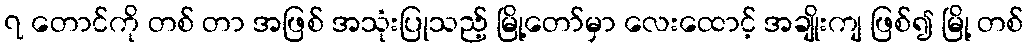
၇ တောင်ကို တစ် တာ အဖြစ် အသုံးပြုသည့် မြို့တော်မှာ လေးထောင့် အချိုးကျ ဖြစ်၍ မြို့ တစ်